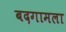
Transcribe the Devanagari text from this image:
बदगामला